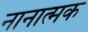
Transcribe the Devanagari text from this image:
नानात्मक